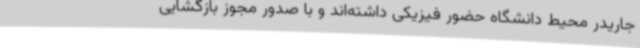
جاریدر محیط دانشگاه حضور فیزیکی داشته‌اند و با صدور مجوز بازگشایی